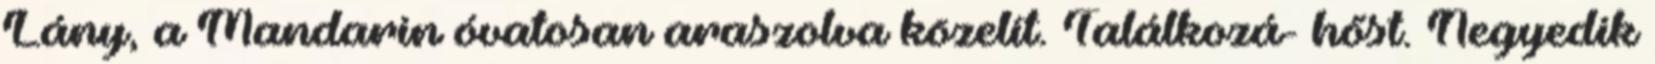
Lány, a Mandarin óvatosan araszolva közelít. Találkozá- hőst. Negyedik